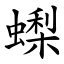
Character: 蟍